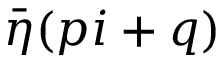
\bar { \eta } ( p i + q )